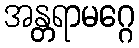
အန္တရာမဂ္ဂေ